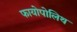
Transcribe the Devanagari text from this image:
फायोपोलिथ